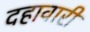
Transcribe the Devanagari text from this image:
दहावारी